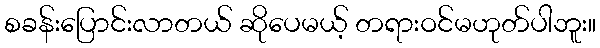
စခန်းပြောင်းလာတယ် ဆိုပေမယ့် တရားဝင်မဟုတ်ပါဘူး။